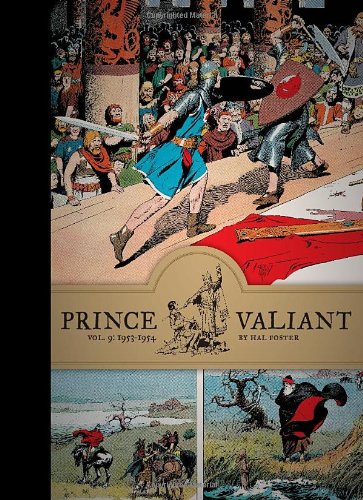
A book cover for Prince Valiant, Vol. 9: 1953-1954; Hal Foster; Comics & Graphic Novels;